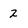
Character: 2